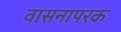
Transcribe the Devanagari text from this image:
वासनापरक